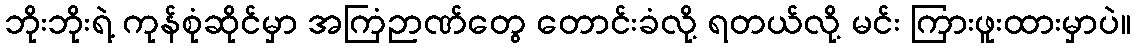
ဘိုးဘိုးရဲ့ ကုန်စုံဆိုင်မှာ အကြံဉာဏ်တွေ တောင်းခံလို့ ရတယ်လို့ မင်း ကြားဖူးထားမှာပဲ။